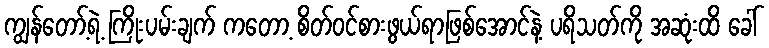
ကျွန်တော့်ရဲ့ ကြိုးပမ်းချက် ကတော့ စိတ်ဝင်စားဖွယ်ရာဖြစ်အောင်နဲ့ ပရိသတ်ကို အဆုံးထိ ခေါ်